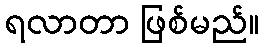
ရလာတာ ဖြစ်မည်။